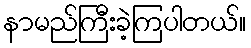
နာမည်ကြီးခဲ့ကြပါတယ်။